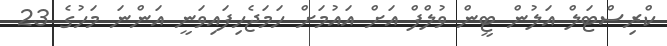
ކްރިސްޓަލް އަލުން ޓީން ވުލްފް އަށް އައުމަށް ހަމަޖެހިފައިވަނީ އަންނަ މަހުގެ 23